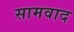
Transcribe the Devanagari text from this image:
सामवाद